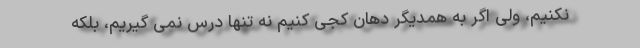
نکنیم، ولی اگر به همدیگر دهان کجی کنیم نه تنها درس نمی گیریم، بلکه